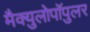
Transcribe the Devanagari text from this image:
मैक्युलोपॉपुलर